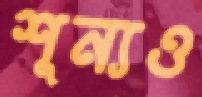
শূন্যও